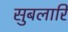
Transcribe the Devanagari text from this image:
सुबलारि